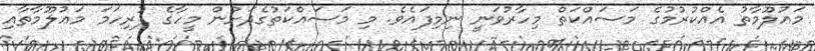
މަޢުލޫމާތު އެއްކުރުމުގެ މަސައްކަތް މިހާރުވަނީ ނިމިިފައެވެ. މި މަސައްކަތުގެދަށުން މީހާގެ ފުރިހަމަ މަޢުލޫމާތާއި